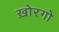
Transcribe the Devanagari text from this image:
ख़ोरगो